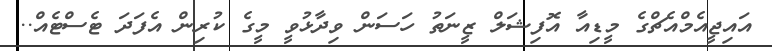
އައިޖީއެމްއެޗްގެ މީޑިއާ އޮފިޝަލް ޒީނަތު ހަސަން ވިދާޅުވީ މީގެ ކުރިން އެފަދަ ޓެސްޓެއް..